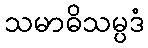
သမာဓိသမ္ပဒံ